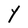
Character: Y